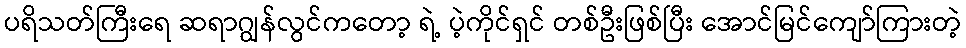
ပရိသတ်ကြီးရေ ဆရာဂျွန်လွင်ကတော့ ရဲ့ ပဲ့ကိုင်ရှင် တစ်ဦးဖြစ်ပြီး အောင်မြင်ကျော်ကြားတဲ့